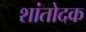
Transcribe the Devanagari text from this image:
शांतोदक